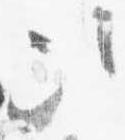
次